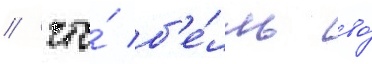
/ что́ б'е́лль во́